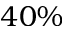
4 0 \%